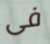
فى